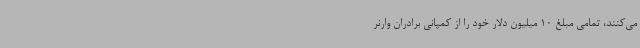
می‌کنند، تمامی مبلغ 10 میلیون دلار خود را از کمپانی برادران وارنر